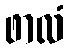
ဖာလံ